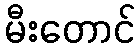
မီးတောင်